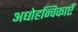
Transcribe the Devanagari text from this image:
अधोहन्विकाएँ